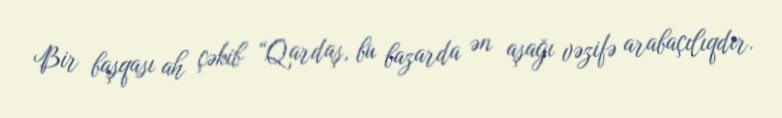
Bir başqası ah çəkib “Qardaş, bu bazarda ən aşağı vəzifə arabaçılıqdır.